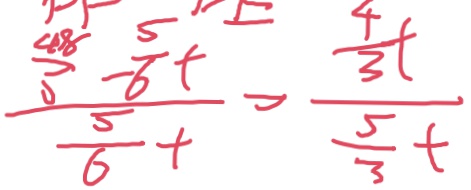
\frac { \frac { 4 8 } { 5 } - \frac { 5 } { 6 } t } { \frac { 5 } { 6 } t } = \frac { \frac { 4 } { 3 } t } { \frac { 5 } { 3 } t }